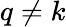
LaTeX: q\ne k